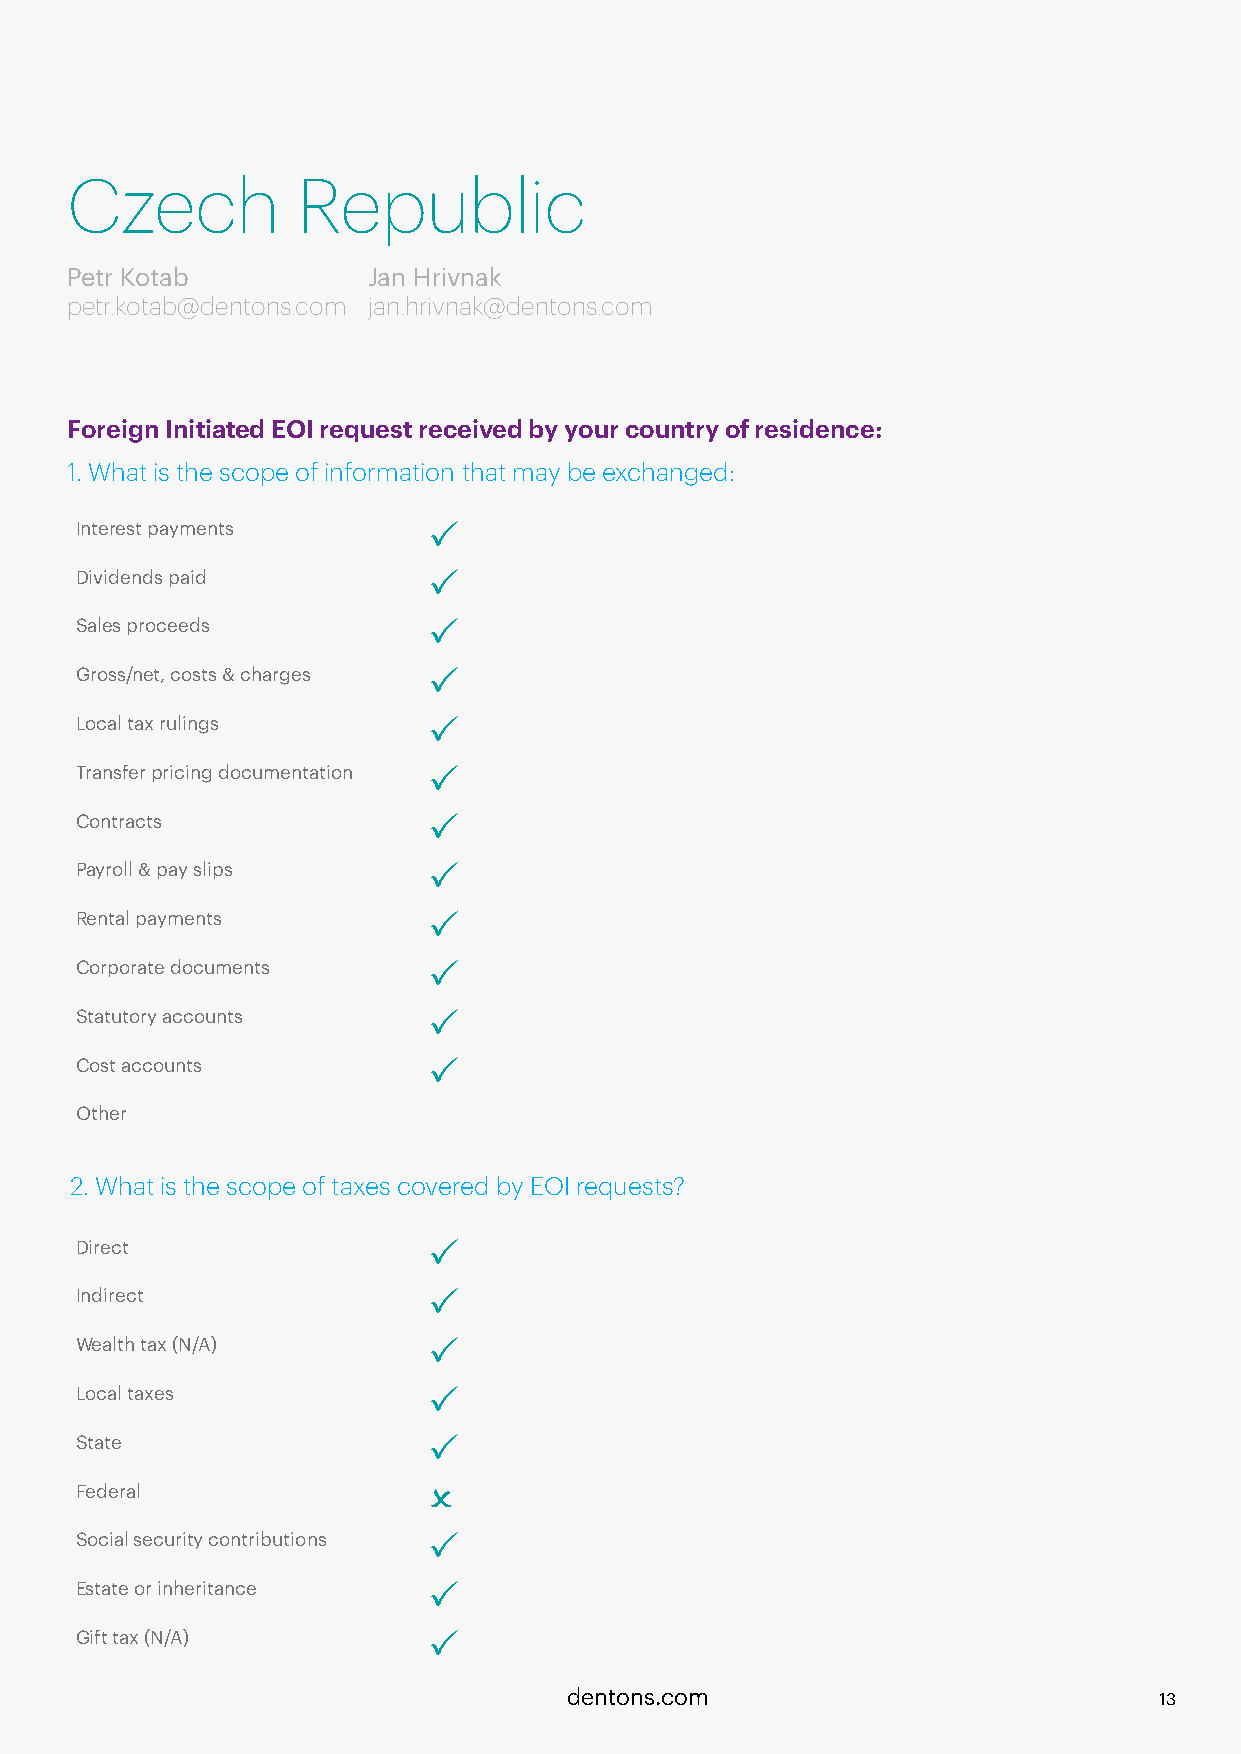
Czech           Republic
 Petr Kotab          Jan Hrivnak
 petr.kotab@dentons.com jan.hrivnak@dentons.com
 Foreign Initiated EOI request received by your country of residence:
 1. What is the scope of information that may be exchanged:
 Interest payments      P
 Dividends paid         P
 Sales proceeds         P
 Gross/net, costs & charges P
 Local tax rulings      P
 Transfer pricing documentation P
 Contracts              P
 Payroll & pay slips    P
 Rental payments        P
 Corporate documents    P
 Statutory accounts     P
 Cost accounts          P
 Other
 2. What is the scope of taxes covered by EOI requests?
 Direct                 P
 Indirect               P
 Wealth tax (N/A)       P
 Local taxes            P
 State                  P
 Federal                O
 Social security contributions P
 Estate or inheritance  P
 Gift tax (N/A)         P
 dentons.com                            13